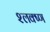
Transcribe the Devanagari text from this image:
श्लक्ष्ण